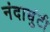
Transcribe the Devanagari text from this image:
नंदाघुंटी